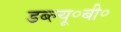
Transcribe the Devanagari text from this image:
डब्ल्यू॰बी॰